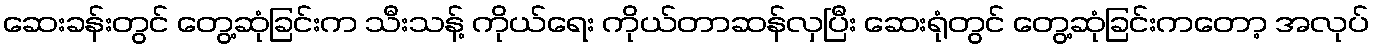
ဆေးခန်းတွင် တွေ့ဆုံခြင်းက သီးသန့် ကိုယ်ရေး ကိုယ်တာဆန်လှပြီး ဆေးရုံတွင် တွေ့ဆုံခြင်းကတော့ အလုပ်